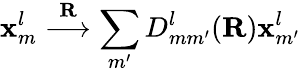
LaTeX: {\mathbf x}_{m}^{l}\stackrel{\mathbf R}{\longrightarrow}\sum_{m^{\prime}}D_{mm^{\prime}}^{l}(\mathbf R)\mathbf x_{m^{\prime}}^{l}